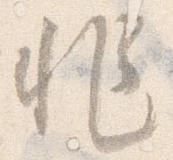
非